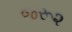
જરૂ૨